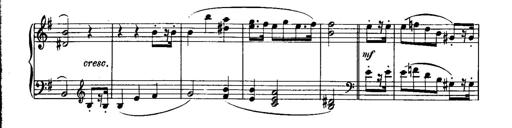
Title: Piano Sonatina No.1, Op.146
Composer: Stephen Heller